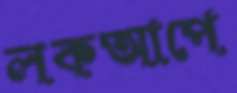
লকআপে